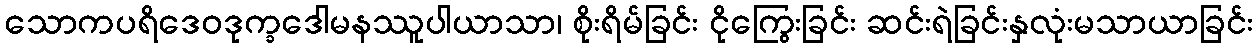
သောကပရိဒေဝဒုက္ခဒေါမနဿူပါယာသာ၊ စိုးရိမ်ခြင်း ငိုကြွေးခြင်း ဆင်းရဲခြင်းနှလုံးမသာယာခြင်း